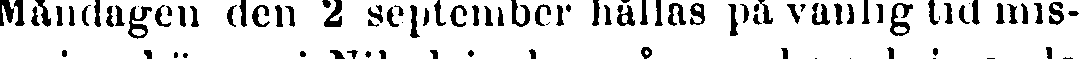
Måndagen den 2 september hållas på vanlig tid mis-